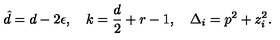
\hat { d } = d - 2 \epsilon , \quad k = \frac { d } { 2 } + r - 1 , \quad \Delta _ { i } = p ^ { 2 } + z _ { i } ^ { 2 } .